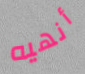
أنهيه